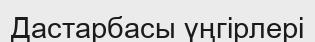
Дастарбасы үңгірлері